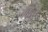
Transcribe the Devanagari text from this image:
बंकई